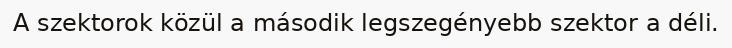
A szektorok közül a második legszegényebb szektor a déli.